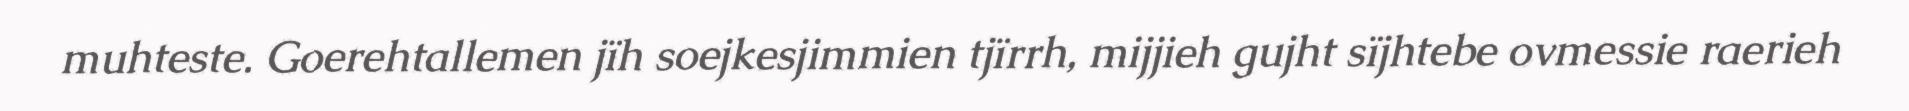
muhteste. Goerehtallemen jïh soejkesjimmien tjïrrh, mijjieh gujht sïjhtebe ovmessie raerieh